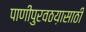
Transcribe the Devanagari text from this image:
पाणीपुरवठय़ासाठी